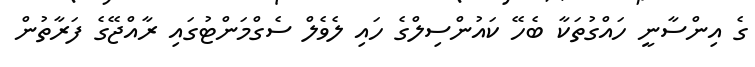
ގެ އިންސާނީ ހައްގުތަކާ ބެހޭ ކައުންސިލްގެ ހައި ލެވެލް ސެގްމަންޓުގައި ރާއްޖޭގެ ފަރާތުން